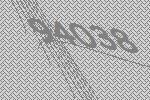
94038